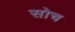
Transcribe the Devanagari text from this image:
सोच